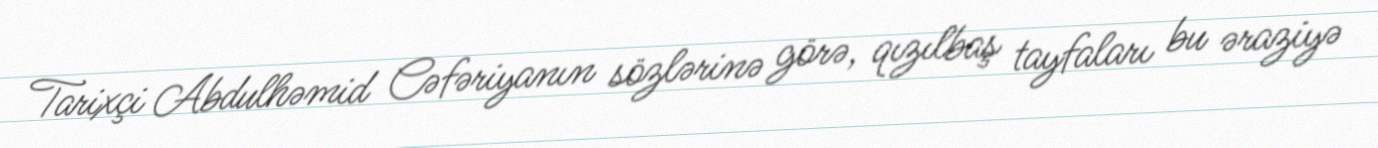
Tarixçi Abdulhəmid Cəfəriyanın sözlərinə görə, qızılbaş tayfaları bu əraziyə